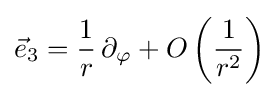
{\vec {e}}_{3}={\frac {1}{r}}\,\partial _{\varphi }+O\left({\frac {1}{r^{2}}}\right)